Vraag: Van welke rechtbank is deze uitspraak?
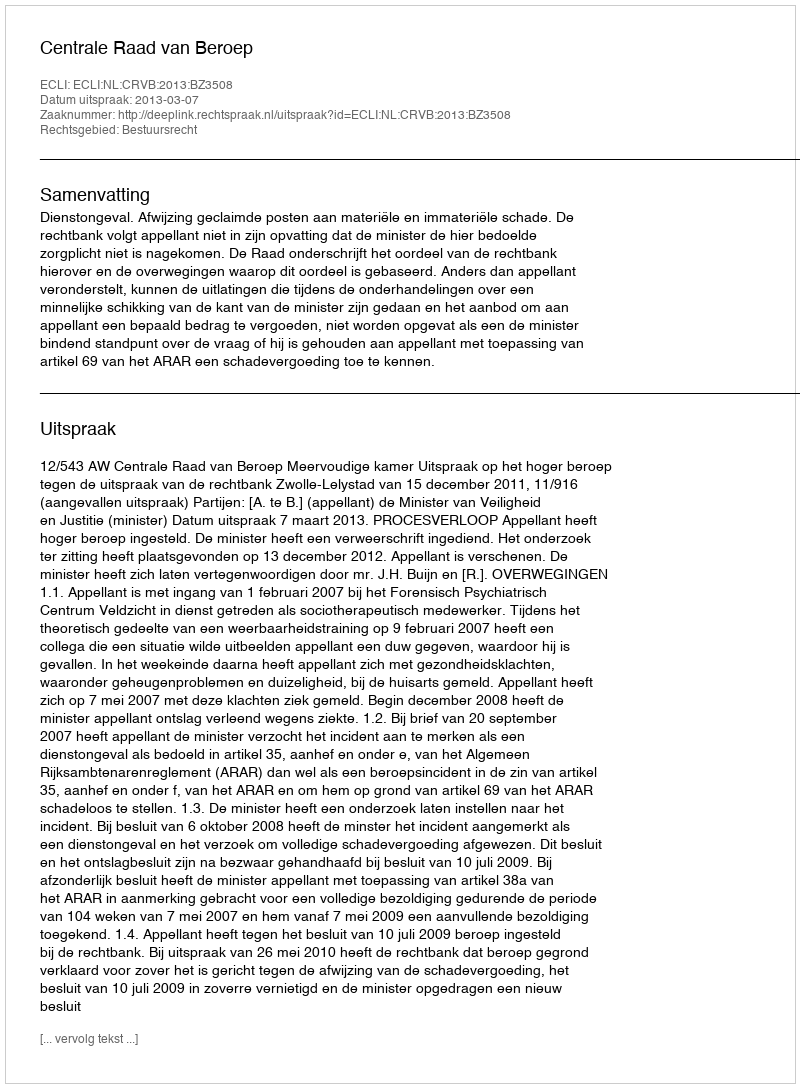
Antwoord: Centrale Raad van Beroep